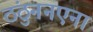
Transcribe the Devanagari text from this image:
ठंठुननएना